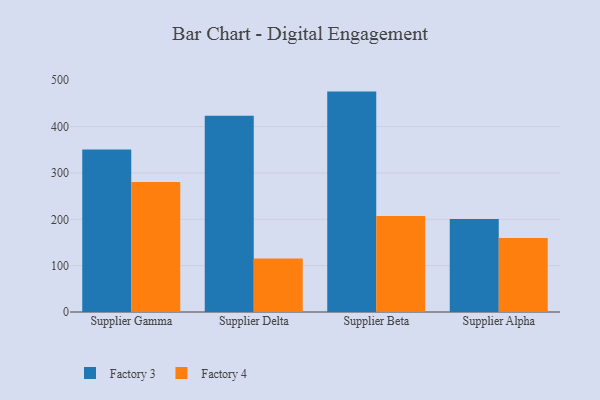
{"axis": {"x": "Supplier", "y": "Churn Rate (%)"}, "legend": ["Factory 3", "Factory 4"], "data": [{"x": "Supplier Gamma", "y": 350.5, "type": "Factory 3"}, {"x": "Supplier Gamma", "y": 280.7, "type": "Factory 4"}, {"x": "Supplier Delta", "y": 423.5, "type": "Factory 3"}, {"x": "Supplier Delta", "y": 115.4, "type": "Factory 4"}, {"x": "Supplier Beta", "y": 475.5, "type": "Factory 3"}, {"x": "Supplier Beta", "y": 207.0, "type": "Factory 4"}, {"x": "Supplier Alpha", "y": 200.7, "type": "Factory 3"}, {"x": "Supplier Alpha", "y": 159.9, "type": "Factory 4"}]}